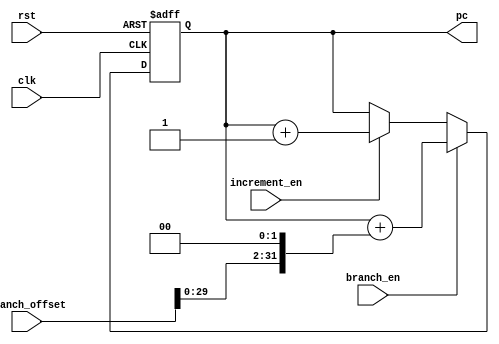
module ProgramCounter (
  input wire clk,          // Clock input
  input wire rst,          // Reset input
  input wire [31:0] branch_offset, // Input for branching
  input wire branch_en,    // Branch enable signal
  input wire increment_en, // Increment enable signal
  output wire [31:0] pc    // Output program counter value
);

  reg [31:0] next_pc;      // Next program counter value

  always @(posedge clk or posedge rst) begin
    if (rst) begin
      next_pc <= 32'h00000000; // Reset the PC to 0 on reset
    end else if (branch_en) begin
      next_pc <= next_pc+(branch_offset<<2); // Update PC with branch address if branch_en is active
    end else if (increment_en) begin
      next_pc <= next_pc + 1; // Increment PC by 1 if increment_en is active
    end
  end

  assign pc = next_pc; // Output the PC value

endmodule